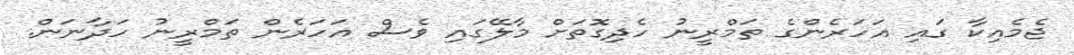
ޖެމެއިކާ ގައި އަހަރެންގެ ތަމްރީނު ހެދިގޮތަށް މާލޭގައި ވެސް އަހަރެން ތަމްރީނު ހަދާނަން.